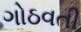
ગોઠવતી